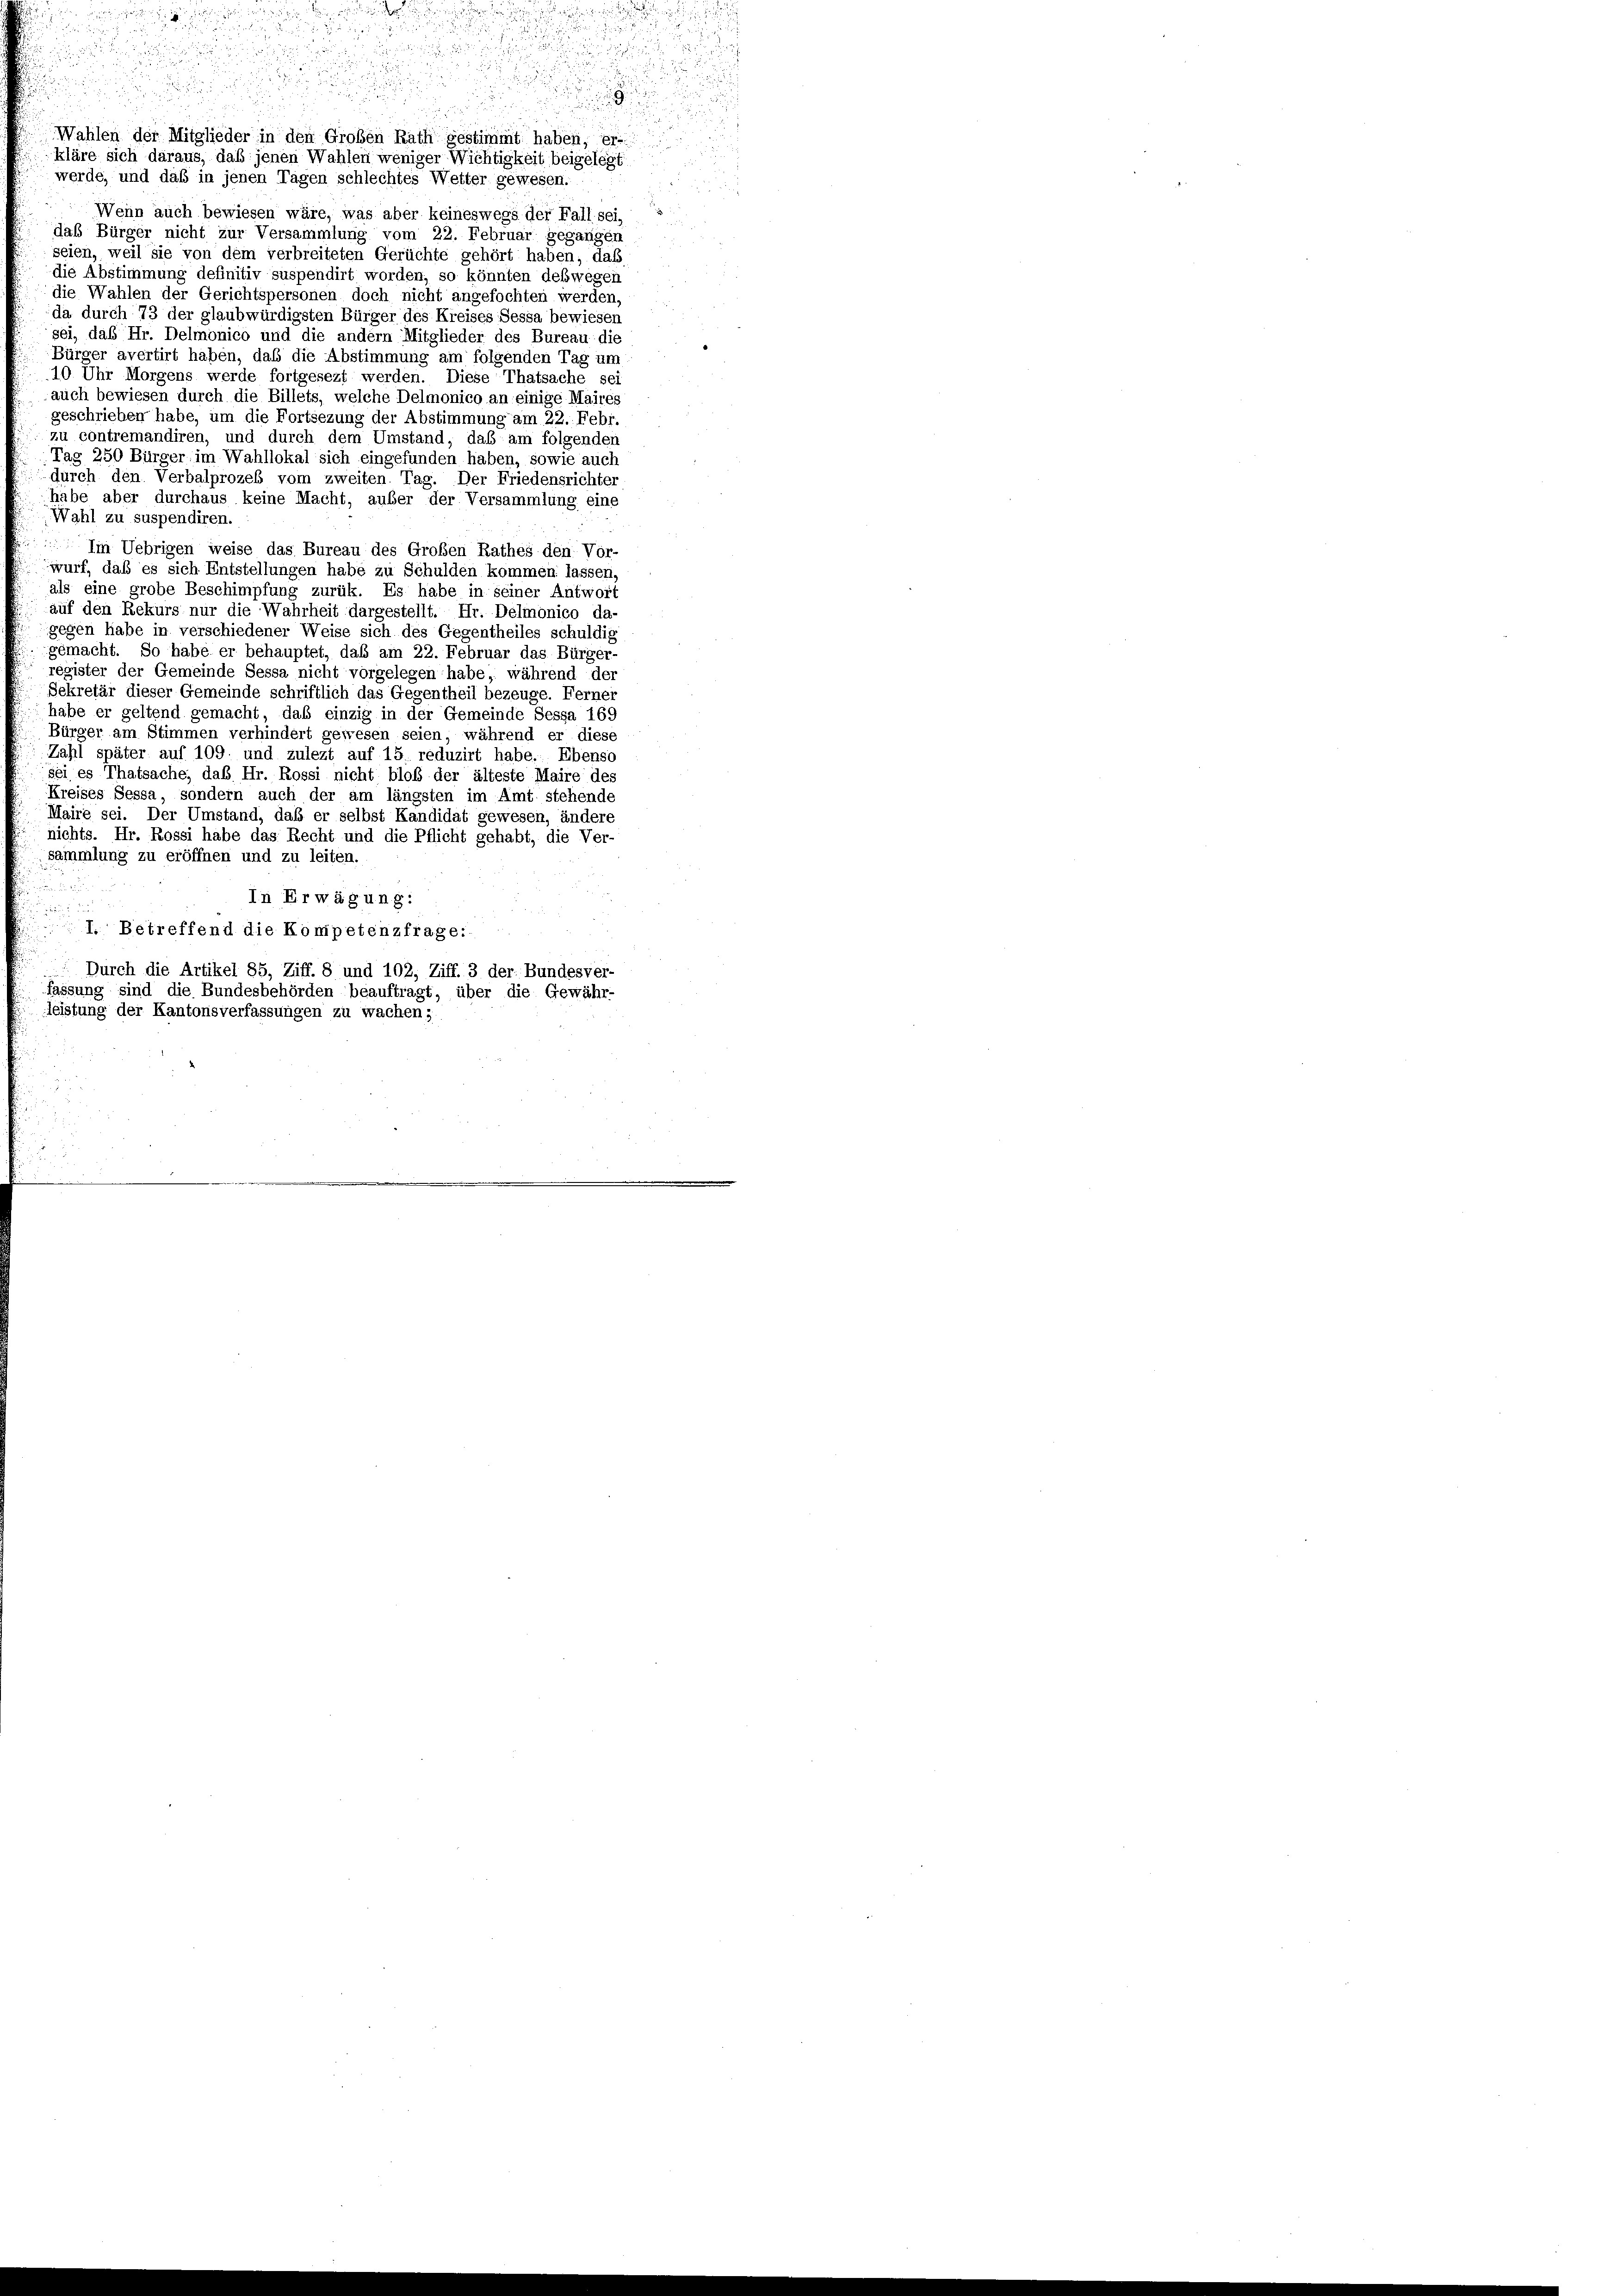
kläre sich daraus, daß jenen Wahlen weniger Wichtigkeit beigelegt
werde, und daß in jenen Tagen schlechtes Wetter gewesen.
Wenn auch bewiesen wäre, was aber keineswegs der Fall sei,
das Bürger nicht zur Versammlung vom 22. Februar gegangen
seien, weil sie von dem verbreiteten Gerüchte gehört haben, daß
die Abstimmung definitiv suspendirt worden, so könnten deßwegen
die Wahlen der Gerichtspersonen doch nicht angefochten werden,
da durch 73 der glaubwürdigsten Bürger des Kreises Sessa bewiesen
sei, daß Hr. Delmonico und die andern Mitglieder des Bureau die
Bürger avertirt haben, daß die Abstimmung am folgenden Tag um
10 Uhr Morgens werde fortgesezt werden. Diese Thatsache sei
auch bewiesen durch die Billets, welche Delmonico an einige Maires
geschrieben habe, um die Fortsezung der Abstimmung am 22. Febr.
zu contremandiren, und durch dem Umstand, das am folgenden
Tag 250 Bürger im Wahllokal sich eingefunden haben, sowie auch
durch den Verbalprozes vom zweiten Tag. Der Friedensrichter
habe aber durchaus keine Macht, außer der Versammlung eine
Wahl zu suspendiren.
 Im Uebrigen weise das Bureau des Großen Rathes den Vor-
wurf, daß es sich Entstellungen habe zu Schulden kommen lassen,
als eine grobe Beschimpfung zurük. Es habe in seiner Antwort
auf den Rekurs nur die Wahrheit dargestellt. Hr. Delmonico da-
gegen habe in verschiedener Weise sich des Gegentheiles schuldig
gemacht. So habe er behauptet, daß am 22. Februar das Bürger-
register der Gemeinde Sessa nicht vorgelegen habe, während der
Sekretär dieser Gemeinde schriftlich das Gegentheil bezeuge. Ferner
habe er geltend gemacht, daß einzig in der Gemeinde Sessa 169
Bürger am Stimmen verhindert gewesen seien, während er diese
Zahl später auf 109. und zulezt auf 15 reduzirt habe. Ebenso
sei es Thatsache, daß Hr. Rossi nicht bloß der älteste Maire des
Kreises Sessa, sondern auch der am längsten im Amt stehende
Maire sei. Der Umstand, daß er selbst Kandidat gewesen, ändere
nichts. Hr. Rossi habe das Recht und die Pflicht gehabt, die Ver-
sammlung zu eröffnen und zu leiten.
In Erwägung:
räu
I. Betreffend die Kompetenzfrage:
Durch die Artikel 85, Ziff. 8 und 102, Ziff. 3 der Bundesver-
fassung sind die Bundesbehörden beauftragt, über die Gewähr-
leistung der Kantonsverfassungen zu wachen;

1

auch ande ich

1

Wahlen der Mitglieder in den Großen Rath gestimmt haben, er